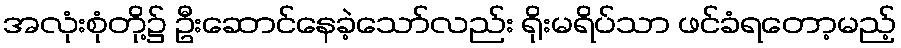
အလုံးစုံတို့၌ ဦးဆောင်နေခဲ့သော်လည်း ရိုးမရိပ်သာ ဖင်ခံရတော့မည့်